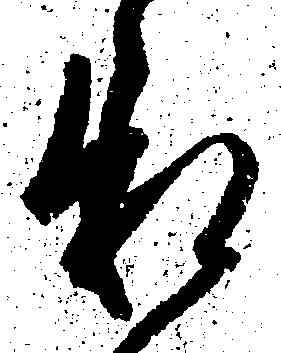
承